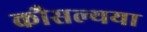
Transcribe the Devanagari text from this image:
कौसल्यया